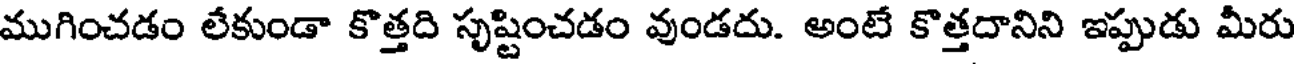
ముగించడం లేకుండా కొత్తది సృష్టించడం వుండదు. అంటే కొత్తదానిని ఇప్పుడు మీరు